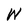
Character: W